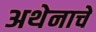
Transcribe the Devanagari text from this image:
अथेनाचे